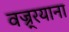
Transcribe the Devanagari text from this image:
वज्र्रयाना